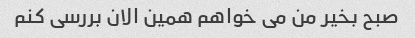
صبح بخیر من می خواهم همین الان بررسی کنم